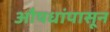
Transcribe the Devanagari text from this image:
औषधांपासून